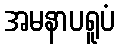
အမနာပရူပံ